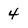
Character: 4